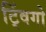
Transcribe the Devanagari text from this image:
ट्विंगो